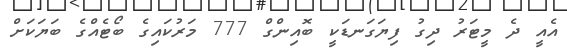
އެއީ ދެ މީޓަރު ދިގު ފިޔަގަނޑަކީ ބޮއިންގް 777 މަރުކައިގެ ބޯޓެއްގެ ބަޔަކަށް